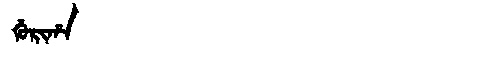
Manchu: ᡤᡠᡵᡳᡥᠠ
Romanization: GURIHA